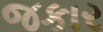
જકાર